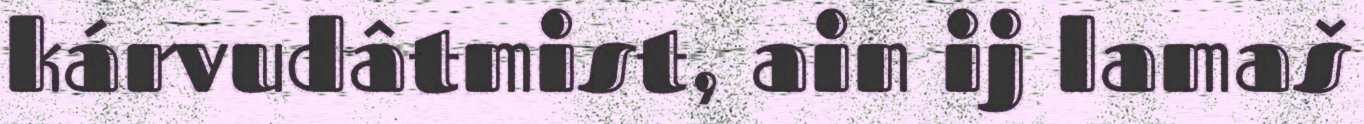
kárvudâtmist, ain ij lamaš